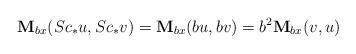
LaTeX: \begin{align*} \textbf{M}_{b x}(Sc_{*}u,Sc_{*} v)=\textbf{M}_{b x}(b u,b v)=b^{2} \textbf{M}_{b x}(v,u)\end{align*}